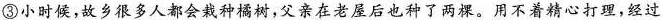
③小时候，故乡很多人都会栽种橘树，父亲在老屋后也种了两棵。用不着精心打理，经过